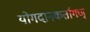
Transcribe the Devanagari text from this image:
योगदानकर्तागण्